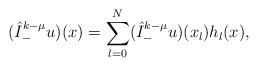
\begin{align*}(\hat I^{k-\mu}_-u)(x)=\sum_{l=0}^N (\hat I^{k-\mu}_-u)(x_l) h_l(x),\end{align*}